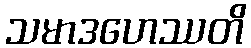
သမာဒဟေဿတိ